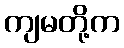
ကျမတို့က